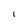
Character: L